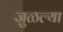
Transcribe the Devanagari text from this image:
जुळल्या